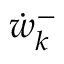
{ \dot { w } _ { k } ^ { - } }